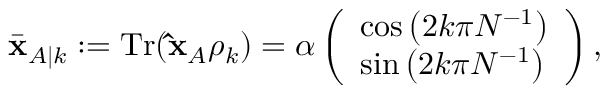
\bar { \mathbf { x } } _ { A | k } : = \mathrm { T r } ( \mathbf { \hat { x } } _ { A } \rho _ { k } ) = \alpha \left( \begin{array} { l } { \cos \left( 2 k \pi N ^ { - 1 } \right) } \\ { \sin \left( 2 k \pi N ^ { - 1 } \right) } \end{array} \right) ,